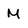
Character: M